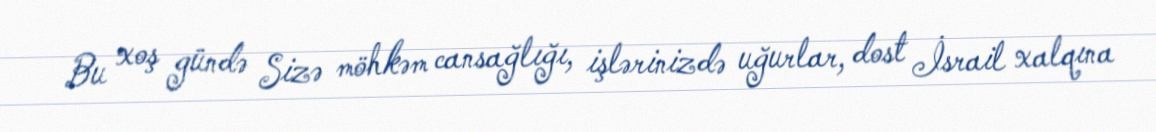
Bu xoş gündə Sizə möhkəm cansağlığı, işlərinizdə uğurlar, dost İsrail xalqına